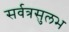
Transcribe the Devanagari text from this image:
सर्वत्रसुलभ